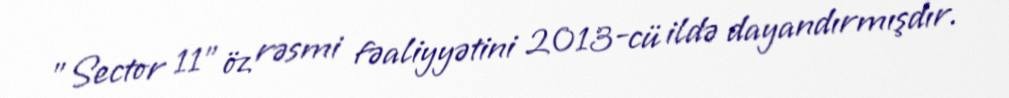
"Sector 11" öz rəsmi fəaliyyətini 2013-cü ildə dayandırmışdır.